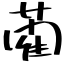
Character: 藺